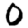
Digit: 0